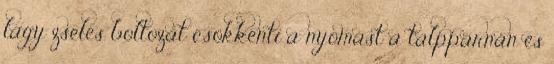
lágy zselés boltozat csökkenti a nyomást a talppárnán és